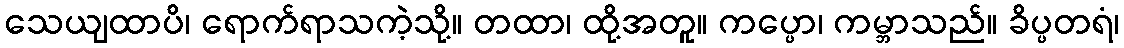
သေယျထာပိ၊ ရောက်ရာသကဲ့သို့။ တထာ၊ ထို့အတူ။ ကပ္ပော၊ ကမ္ဘာသည်။ ခိပ္ပတရံ၊